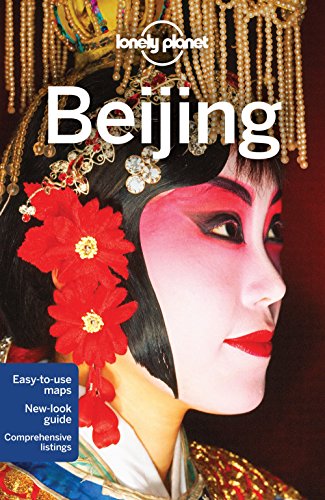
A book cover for Lonely Planet Beijing (Travel Guide); Lonely Planet; Travel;